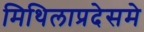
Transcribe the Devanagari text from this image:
मिथिलाप्रदेसमे